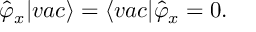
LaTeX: \hat { \varphi } _ { x } | v a c \rangle = \langle v a c | \hat { \varphi } _ { x } = 0 .